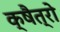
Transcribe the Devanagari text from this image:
क्षैत्रो